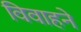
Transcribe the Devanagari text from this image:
विवाहने